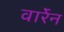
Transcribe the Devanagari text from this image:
वार्रेन